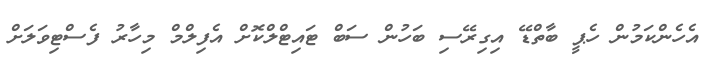
އެހެންކަމުން ހެޕީ ބާތްޑޭ އިގިރޭސި ބަހުން ސަބް ޓައިޓްލްކޮށް އެފިލްމް މިހާރު ފެސްޓިވަލަށް